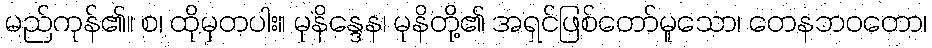
မည်ကုန်၏။ စ၊ ထိုမှတပါး။ မုနိန္ဒေန၊ မုနိတို့၏ အရှင်ဖြစ်တော်မူသော၊ တေနဘဝတော၊